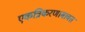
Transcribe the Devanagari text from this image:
एकत्रिकरणाबाबत